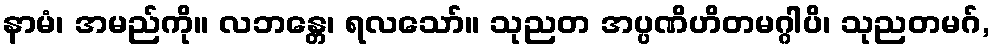
နာမံ၊ အမည်ကို။ လဘန္တေ၊ ရလသော်။ သုညတ အပ္ပဏိဟိတမဂ္ဂါပိ၊ သုညတမဂ်,